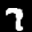
Label: 7